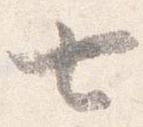
七